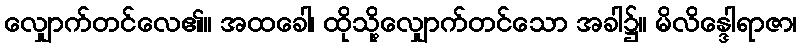
လျှောက်တင်လေ၏။ အထခေါ၊ ထိုသို့လျှောက်တင်သော အခါ၌။ မိလိန္ဒေါရာဇာ၊